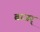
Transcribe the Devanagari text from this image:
बाजर्